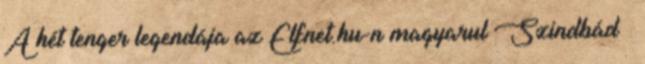
A hét tenger legendája az Elfnet.hu-n magyarul Szindbád –